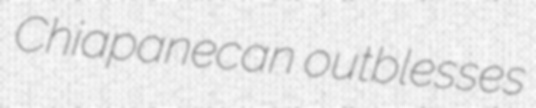
Chiapanecan outblesses